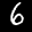
Label: 6